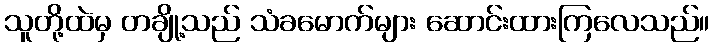
သူတို့ထဲမှ တချို့သည် သံခမောက်များ ဆောင်းထားကြလေသည်။